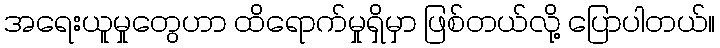
အရေးယူမှုတွေဟာ ထိရောက်မှုရှိမှာ ဖြစ်တယ်လို့ ပြောပါတယ်။